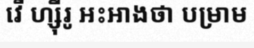
វើ ហ្ស៊ីរូ អះអាងថា បម្រាម